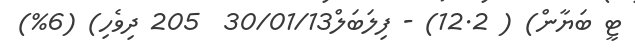
ޓީ ބަޔާން) ( 12.2) - ފިލަބަލް30/01/13  205 ދިވެހި) (6%)